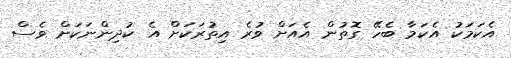
އެކަމަކު އެކަމާ ބެހޭ ގޮތުން އެއަށް ވުރެ އިތުރަކަށް އެ ކުދިންނަކަށް ވެސް